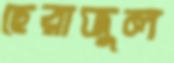
ছেরাজুল